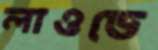
লাওডে